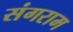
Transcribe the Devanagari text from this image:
संगराम